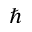
\hslash